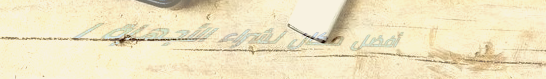
أفضل مكان لشراء الأجهزة ا